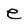
Character: e